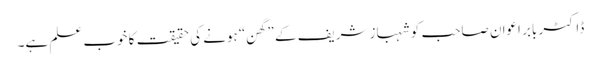
ڈاکٹر بابر اعوان صاحب کو شہباز شریف کے ”گھن“ ہونے کی حقیقت کا خوب علم ہے۔